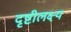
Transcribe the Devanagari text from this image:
दृष्टीलक्ष्य